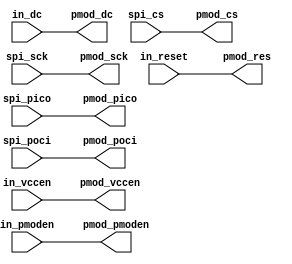
// -*- verilog-mode -*-

// FB1_1 : pmod0
// FB1_2 : pmod1
// FB1_3 : pmod2
// FB1_4 : pmod3       (GTS1)
// FB1_5 : led0/pmod4  (GTS0)
// FB1_6 : led1/pmod5  (GTS3)
// FB1_7 : led2/pmod6  (GTS2)
// FB1_8 : led3/pmod7  (GSR)
// FB1_9 : led4
// FB1_10: led5
// FB1_11: led6
// FB1_12: led7
// FB1_13: btn0
// FB1_14: btn1
// FB1_15: btn2
// FB1_16: btn3

// FB2_1 : ctrl0 [PF1]
// FB2_2 : ctrl1 [PF0]
// FB2_3 : ctrl2 [PB8 (BOOT0)] (only when in CTRL mode, otherwise floating)
// FB2_4 : ctrl3 [PB1]         (only when in CTRL mode, otherwise floating)
// FB2_5 : clk0  (GCK0)
// FB2_6 : clk1  (GCK1)
// FB2_7 : clk2  (GCK2)
// FB2_8 : nc
// FB2_9 : data0 [PA0] (         USART2_CTS)
// FB2_10: data1 [PA1] (         USART2_RTS)
// FB2_11: data2 [PA2] (         USART2_TX)
// FB2_12: data3 [PA3] (         USART2_RX)
// FB2_13: data4 [PA4] (SPI_NSS, USART2_CK)
// FB2_14: data5 [PA5] (SPI_SCK)
// FB2_15: data6 [PA6] (SPI_POCI)
// FB2_16: data7 [PA7] (SPI_PICO)

// FB3_1 : input

// PMOD OLEDrgb: https://digilent.com/reference/pmod/pmodoledrgb/reference-manual
//
// pmod0 = CS     [PA4]
// pmod1 = PICO   [PA7]
// pmod2 = nc     [PA6] (no POCI signal).
// pmod3 = SCK    [PA5]
//
// pmod4 = D/C    (data/command)
// pmod5 = RES    (reset)
// pmod6 = VCCEN  (power on display VCC)
// pmod7 = PMODEN (VDD logic voltage control)

module top(pmod_cs, pmod_pico, pmod_poci, pmod_sck, pmod_dc, pmod_res, pmod_vccen, pmod_pmoden,
           spi_cs, spi_pico, spi_poci, spi_sck, in_dc, in_reset, in_vccen, in_pmoden);
   // NOTE: Must use LOC attributes rather than a .ucf file
   (* LOC = "FB2_9" *)  input wire in_dc;   
   (* LOC = "FB2_10" *) input wire in_reset;   
   (* LOC = "FB2_11" *) input wire in_vccen;   
   (* LOC = "FB2_12" *) input wire in_pmoden;   
   (* LOC = "FB2_13" *) input wire spi_cs;   
   (* LOC = "FB2_14" *) input wire spi_sck;   
   (* LOC = "FB2_15" *) input wire spi_poci; 
   (* LOC = "FB2_16" *) input wire spi_pico;   

   (* LOC = "FB1_1" *) output pmod_cs;   
   (* LOC = "FB1_2" *) output pmod_pico;
   (* LOC = "FB1_3" *) output pmod_poci;   
   (* LOC = "FB1_4" *) output pmod_sck;   
   
   (* LOC = "FB1_5" *) output pmod_dc;   
   (* LOC = "FB1_6" *) output pmod_res;   
   (* LOC = "FB1_7" *) output pmod_vccen;   
   (* LOC = "FB1_8" *) output pmod_pmoden;   
   // (* LOC = "FB1_9" *) output led4;   
   // (* LOC = "FB1_10" *) output led5;   
   // (* LOC = "FB1_11" *) output led6;   
   // (* LOC = "FB1_12" *) output led7;

   assign pmod_cs = spi_cs;
   assign pmod_pico = spi_pico;
   assign pmod_poci = spi_poci;   
   assign pmod_sck = spi_sck;
   
   assign pmod_dc = in_dc;
   assign pmod_res = in_reset;
   assign pmod_vccen = in_vccen;
   assign pmod_pmoden = in_pmoden;
   
endmodule // top